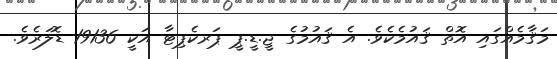
މަޤާމެއްގައި އޮތް ޤައުމެކެވެ. އެ ޤައުމުގެ ޖީ.ޑީ.ޕީ ޕަރކެޕިޓާ އަކީ 19136 ޑޮލަރެވެ.